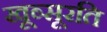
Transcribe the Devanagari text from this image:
खूब्सूरति